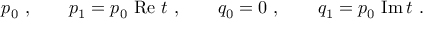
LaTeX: p _ { 0 } \ , \qquad p _ { 1 } = p _ { 0 } \ \mathrm { R e } \ t \ , \qquad q _ { 0 } = 0 \ , \qquad q _ { 1 } = p _ { 0 } \ \mathrm { I m } \, t \ .